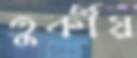
তুর্কীয়